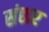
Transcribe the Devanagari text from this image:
संछार